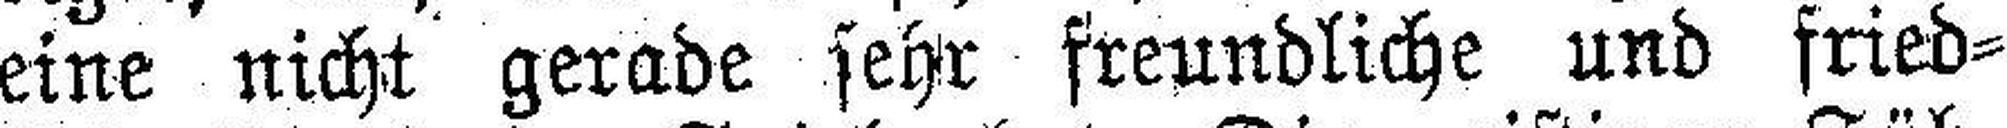
eine nicht gerade sehr freundliche und fried¬